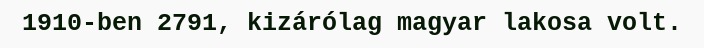
1910-ben 2791, kizárólag magyar lakosa volt.